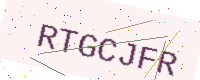
Text: RTGCJFR